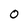
Character: 0